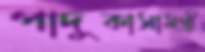
পাদুকাসামগ্রী